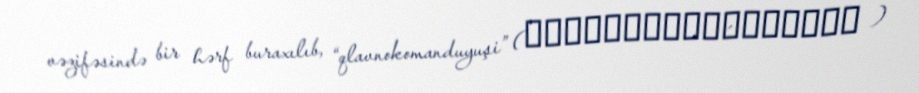
vəzifəsində bir hərf buraxılıb, “qlavnokomanduyuşi” (главнокома́ндующий )